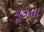
મૂકયા